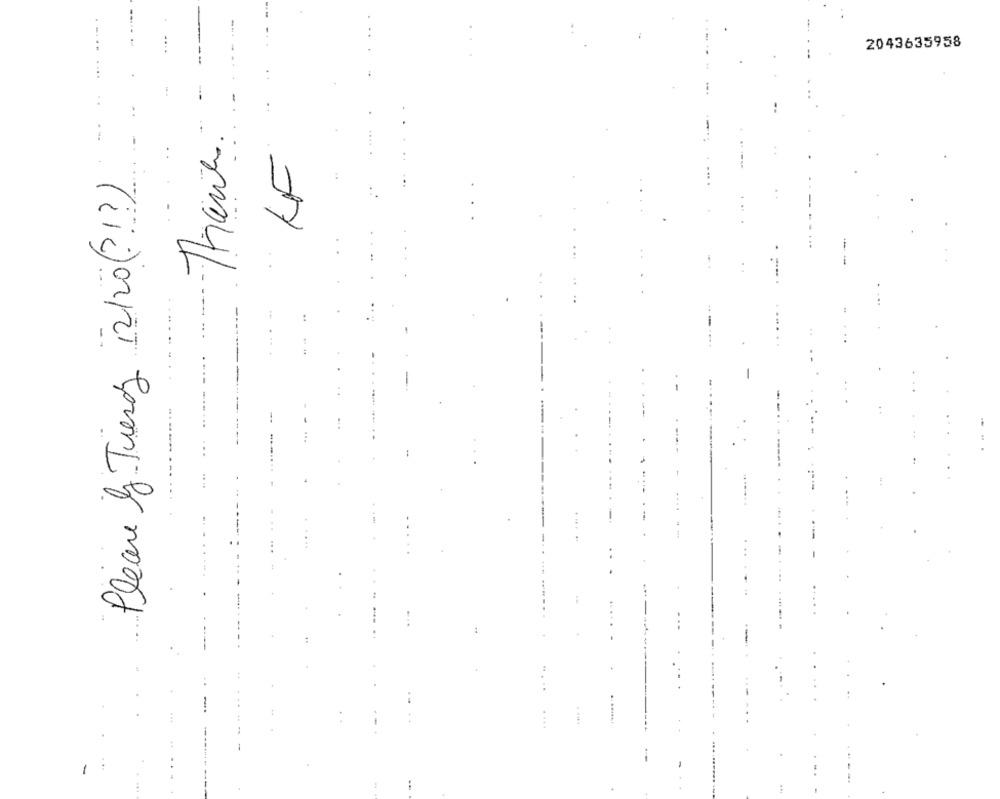
2043635958
Thanks.
KF
Please y Tiers 12/20( ?!? )
-
...
--
.. ......
....
. ...
....
4